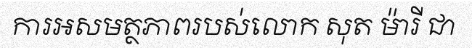
ការអសមត្ថភាពរបស់លោក សុត ម៉ារី ជា